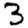
Digit: 3